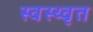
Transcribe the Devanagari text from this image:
स्वस्थ्वृत